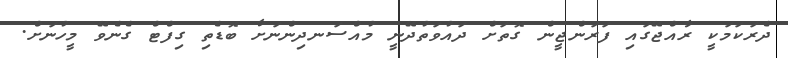
ދެރަކަމަކީ ރާއްޖޭގައި ފަރަންޖީން ގޮތަށް ދައުވަތުދޭނީ މުއްސަނދިންނަށާ ބޮޑެތި ގިފްޓް ގެނެވޭ މީހުނަށް.